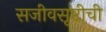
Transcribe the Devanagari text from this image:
सजीवसृष्टीची